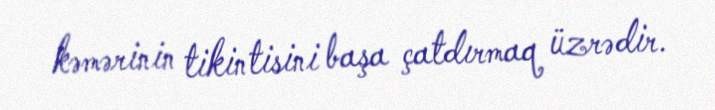
kəmərinin tikintisini başa çatdırmaq üzrədir.